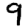
Digit: 9